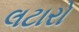
લટારો